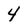
Character: 4